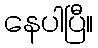
နေပါပြီ။